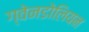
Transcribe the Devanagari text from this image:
ग्वेनडोलियन